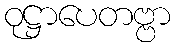
ဝုဋ္ဌာပေတဗ္ဗာ